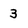
Character: 3